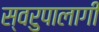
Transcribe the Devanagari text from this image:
स्वरुपालागी